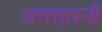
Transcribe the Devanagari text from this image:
जगत्तारनी